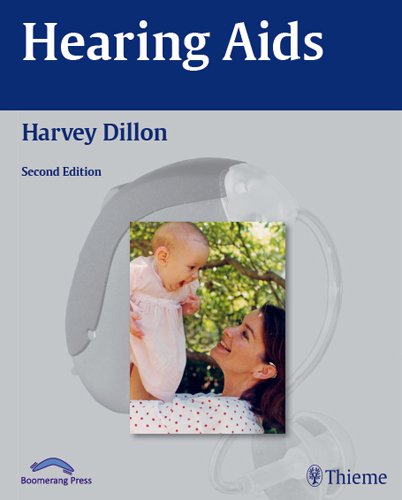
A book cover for Hearing Aids; Harvey Dillon; Medical Books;